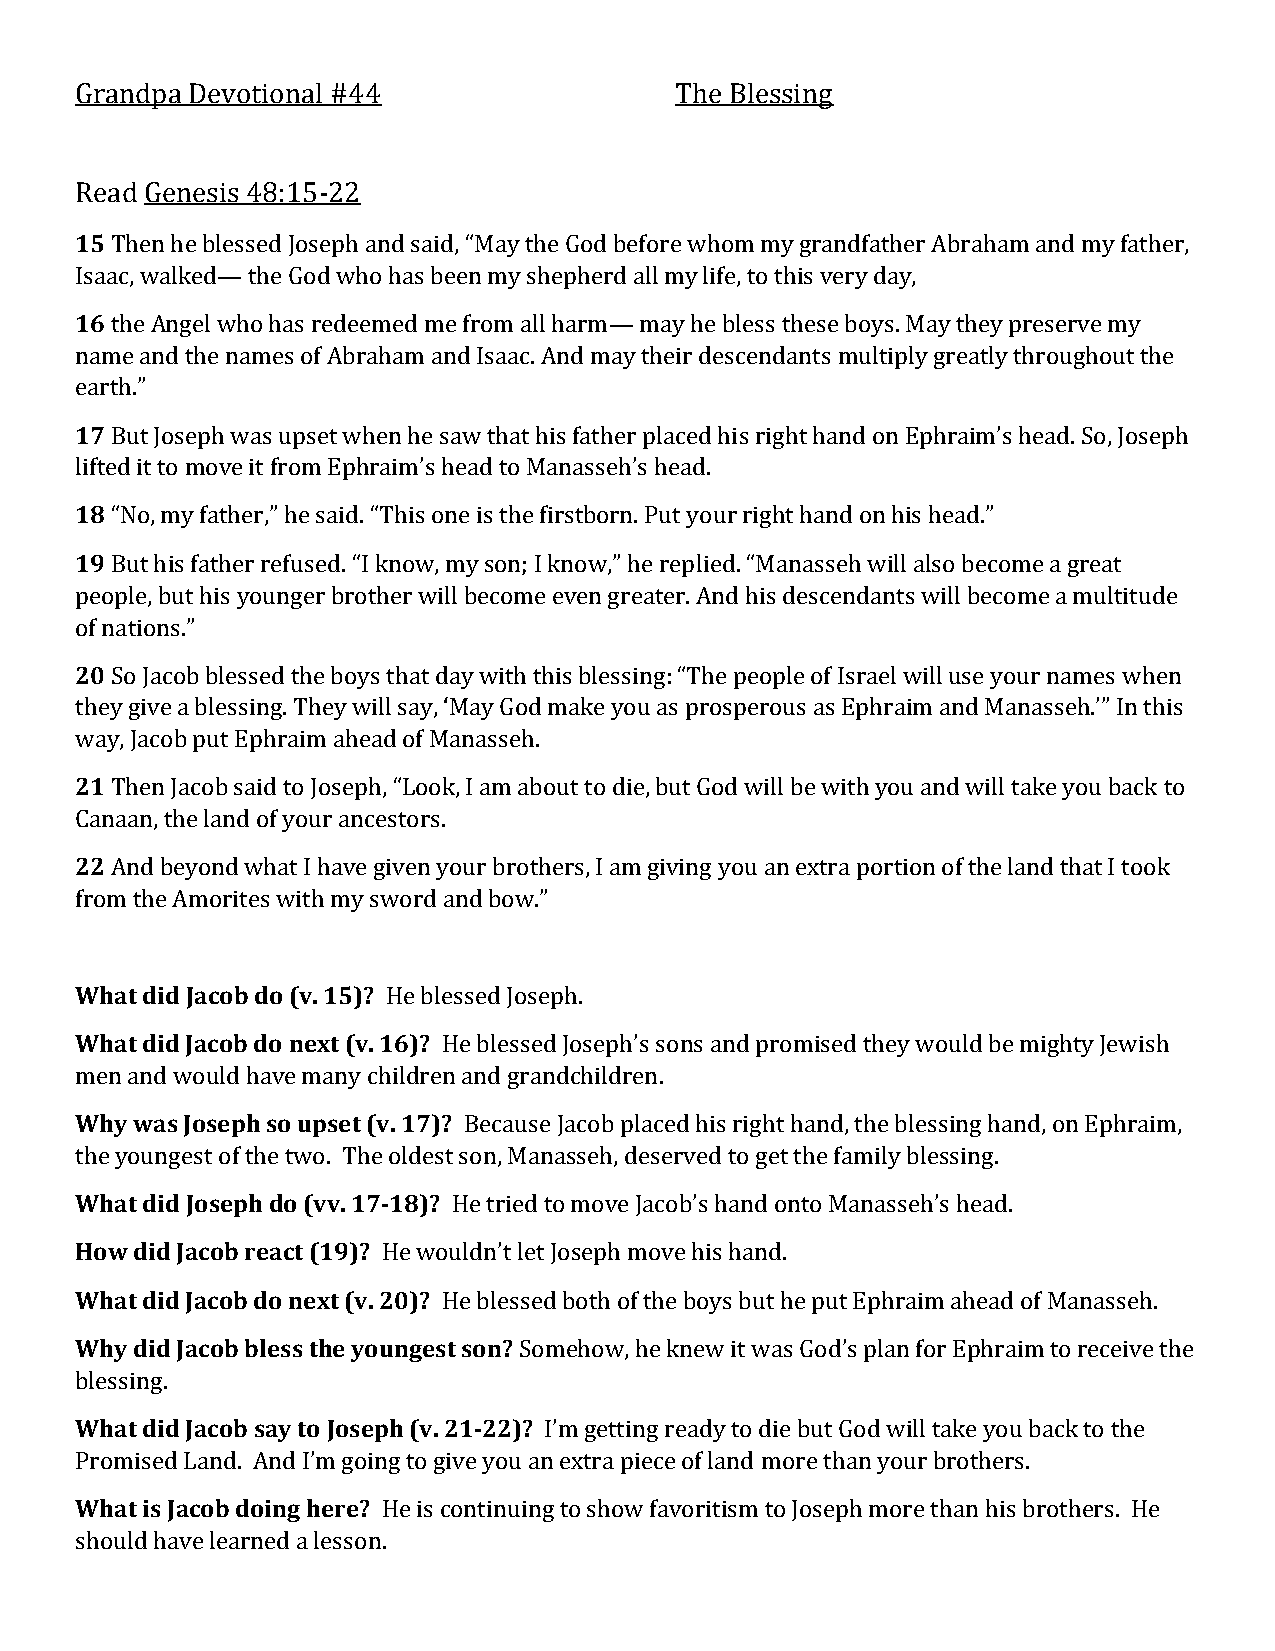
Grandpa Devotional #44                  The Blessing
 Read Genesis 48:15-22
 15 Then he blessed Joseph and said, “May the God before whom my grandfather Abraham and my father,
 Isaac, walked— the God who has been my shepherd all my life, to this very day,
 16 the Angel who has redeemed me from all harm— may he bless these boys. May they preserve my
 name and the names of Abraham and Isaac. And may their descendants multiply greatly throughout the
 earth.”
 17 But Joseph was upset when he saw that his father placed his right hand on Ephraim’s head. So, Joseph
 lifted it to move it from Ephraim’s head to Manasseh’s head.
 18 “No, my father,” he said. “This one is the firstborn. Put your right hand on his head.”
 19 But his father refused. “I know, my son; I know,” he replied. “Manasseh will also become a great
 people, but his younger brother will become even greater. And his descendants will become a multitude
 of nations.”
 20 So Jacob blessed the boys that day with this blessing: “The people of Israel will use your names when
 they give a blessing. They will say, ‘May God make you as prosperous as Ephraim and Manasseh.’” In this
 way, Jacob put Ephraim ahead of Manasseh.
 21 Then Jacob said to Joseph, “Look, I am about to die, but God will be with you and will take you back to
 Canaan, the land of your ancestors.
 22 And beyond what I have given your brothers, I am giving you an extra portion of the land that I took
 from the Amorites with my sword and bow.”
 What did Jacob do (v. 15)? He blessed Joseph.
 What did Jacob do next (v. 16)? He blessed Joseph’s sons and promised they would be mighty Jewish
 men and would have many children and grandchildren.
 Why was Joseph so upset (v. 17)? Because Jacob placed his right hand, the blessing hand, on Ephraim,
 the youngest of the two. The oldest son, Manasseh, deserved to get the family blessing.
 What did Joseph do (vv. 17-18)? He tried to move Jacob’s hand onto Manasseh’s head.
 How did Jacob react (19)? He wouldn’t let Joseph move his hand.
 What did Jacob do next (v. 20)? He blessed both of the boys but he put Ephraim ahead of Manasseh.
 Why did Jacob bless the youngest son? Somehow, he knew it was God’s plan for Ephraim to receive the
 blessing.
 What did Jacob say to Joseph (v. 21-22)? I’m getting ready to die but God will take you back to the
 Promised Land. And I’m going to give you an extra piece of land more than your brothers.
 What is Jacob doing here? He is continuing to show favoritism to Joseph more than his brothers. He
 should have learned a lesson.